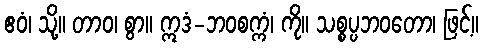
ဧဝံ၊ သို့။ တာဝ၊ စွာ။ ဣဒံ-ဘဝစက္ကံ၊ ကို။ သစ္စပ္ပဘဝတော၊ ဖြင့်။